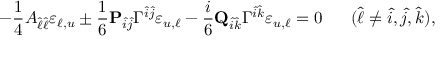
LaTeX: - { \frac { 1 } { 4 } } { \cal A } _ { \hat { \ell } \hat { \ell } } \varepsilon _ { \ell , u } \pm { \frac { 1 } { 6 } } { \bf P } _ { \hat { i } \hat { j } } \Gamma ^ { \hat { i } \hat { j } } \varepsilon _ { u , \ell } - { \frac { i } { 6 } } { \bf Q } _ { \hat { i } \hat { k } } \Gamma ^ { \hat { i } \hat { k } } \varepsilon _ { u , \ell } = 0 \ \ \ \ \ ( \hat { \ell } \neq \hat { i } , \hat { j } , \hat { k } ) ,